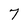
Character: 7